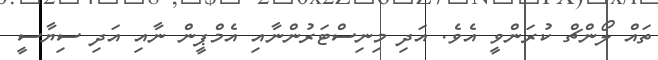
ތައް ލޯންޗް ކުރަންވީ އެވެ. އަދި މިނިސްޓަރުންނާއި އެމްޕީން ނާއި އަދި ސިޔާސީ